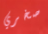
صخري